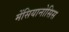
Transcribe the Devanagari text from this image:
मेंसियानोसिस